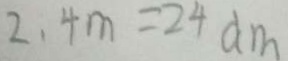
2 . 4 m = 2 4 d m